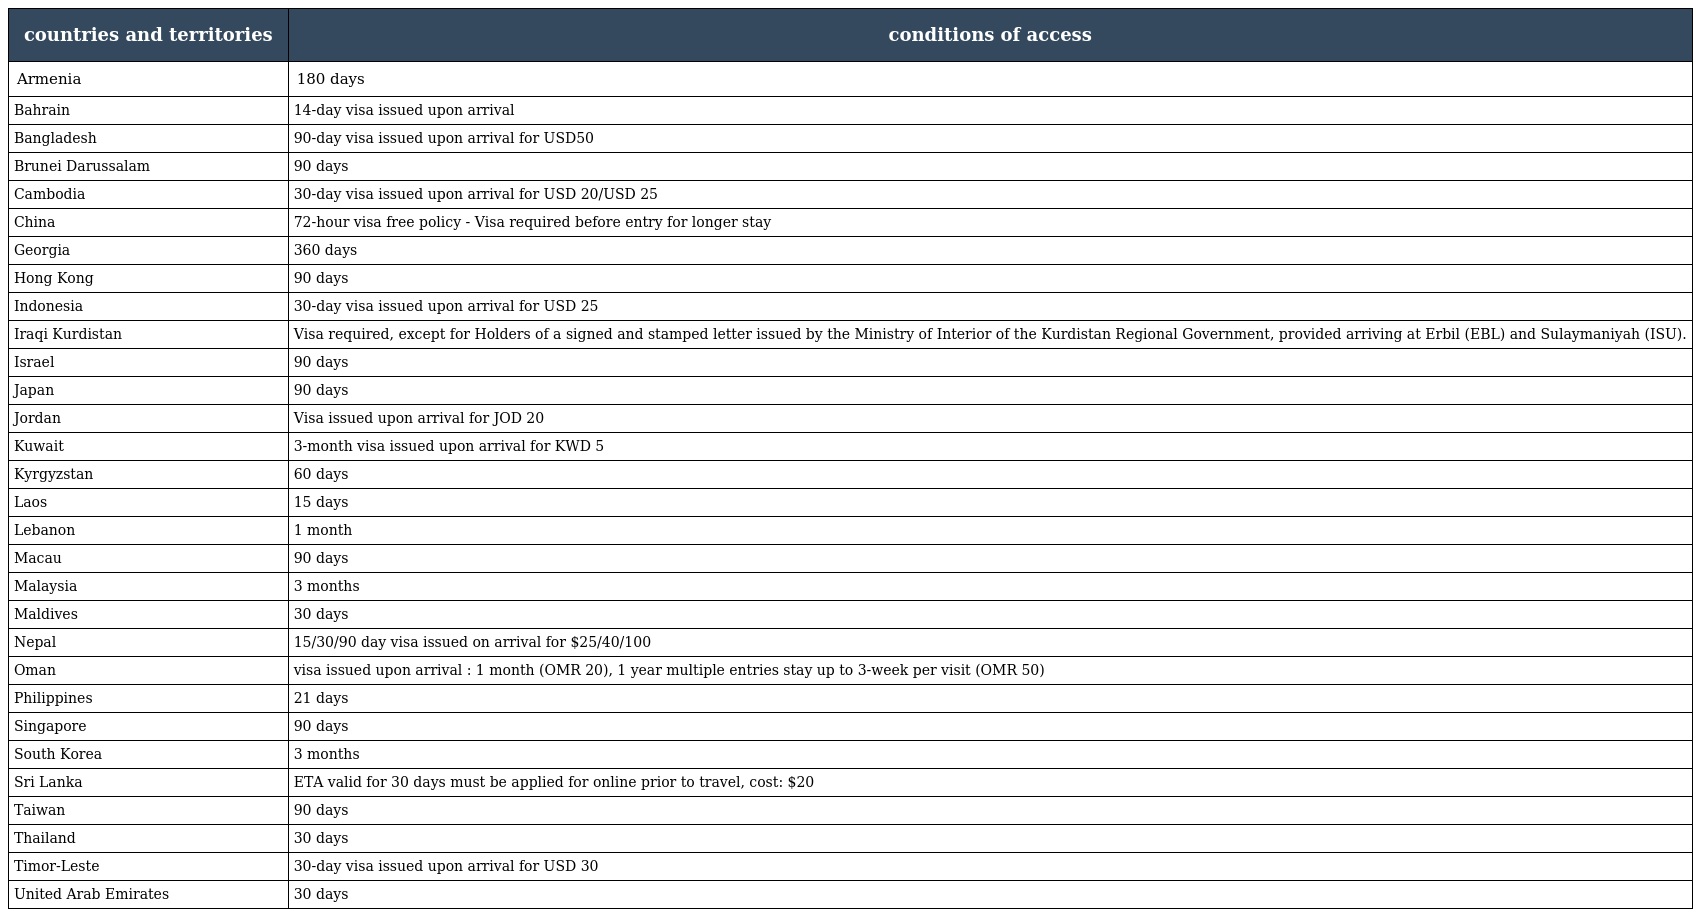
| countries and territories | conditions of access |
 | --- | --- |
 | Armenia | 180 days |
 | Bahrain | 14-day visa issued upon arrival |
 | Bangladesh | 90-day visa issued upon arrival for USD50 |
 | Brunei Darussalam | 90 days |
 | Cambodia | 30-day visa issued upon arrival for USD 20/USD 25 |
 | China | 72-hour visa free policy - Visa required before entry for longer stay |
 | Georgia | 360 days |
 | Hong Kong | 90 days |
 | Indonesia | 30-day visa issued upon arrival for USD 25 |
 | Iraqi Kurdistan | Visa required, except for Holders of a signed and stamped letter issued by the Ministry of Interior of the Kurdistan Regional Government, provided arriving at Erbil (EBL) and Sulaymaniyah (ISU). |
 | Israel | 90 days |
 | Japan | 90 days |
 | Jordan | Visa issued upon arrival for JOD 20 |
 | Kuwait | 3-month visa issued upon arrival for KWD 5 |
 | Kyrgyzstan | 60 days |
 | Laos | 15 days |
 | Lebanon | 1 month |
 | Macau | 90 days |
 | Malaysia | 3 months |
 | Maldives | 30 days |
 | Nepal | 15/30/90 day visa issued on arrival for $25/40/100 |
 | Oman | visa issued upon arrival : 1 month (OMR 20), 1 year multiple entries stay up to 3-week per visit (OMR 50) |
 | Philippines | 21 days |
 | Singapore | 90 days |
 | South Korea | 3 months |
 | Sri Lanka | ETA valid for 30 days must be applied for online prior to travel, cost: $20 |
 | Taiwan | 90 days |
 | Thailand | 30 days |
 | Timor-Leste | 30-day visa issued upon arrival for USD 30 |
 | United Arab Emirates | 30 days |